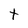
Character: t